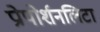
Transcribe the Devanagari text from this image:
प्रोपोर्शनलिटा